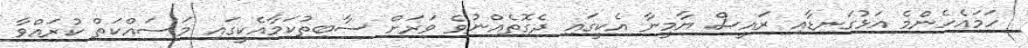
ހަމައެހެންމެ އަޅުގަނޑާއި ރައީސް ޔާމީނާ އެކީގައި ދެގޮތެއްނުވެ ވަރަށް ސާބިތުކަމާއެކީގައި މަސައްކަތް ކުރައްވާ